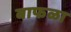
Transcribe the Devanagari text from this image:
बाफळा